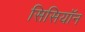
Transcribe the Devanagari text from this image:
सिसियॉन